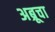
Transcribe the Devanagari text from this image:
अब्रूचा